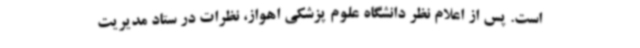
است. پس از اعلام نظر دانشگاه علوم پزشکی اهواز، نظرات در ستاد مدیریت